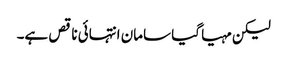
لیکن مہیا گیا سامان انتہائی ناقص ہے۔